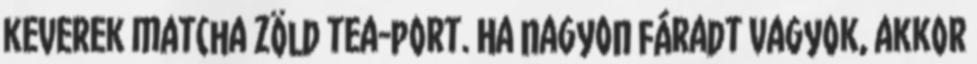
keverek matcha zöld tea-port. Ha nagyon fáradt vagyok, akkor